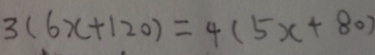
3 ( 6 x + 1 2 0 ) = 4 ( 5 x + 8 0 )